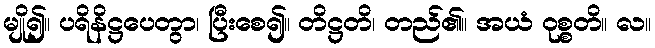
မျို၍။ ပရိနိဋ္ဌပေတွာ၊ ပြီးစေ၍။ တိဋ္ဌတိ၊ တည်၏။ အယံ ဝုစ္စတိ။ လ။